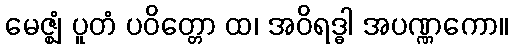
မေဇ္ဈံ ပူတံ ပဝိတ္တော ထ၊ အဝိရဒ္ဓါ အပဏ္ဏကော။